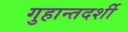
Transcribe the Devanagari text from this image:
गुहान्तदर्शी